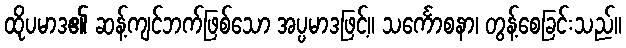
ထိုပမာဒ၏ ဆန့်ကျင်ဘက်ဖြစ်သော အပ္ပမာဒဖြင့်။ သင်္ကောစနာ၊ တွန့်စေခြင်းသည်။